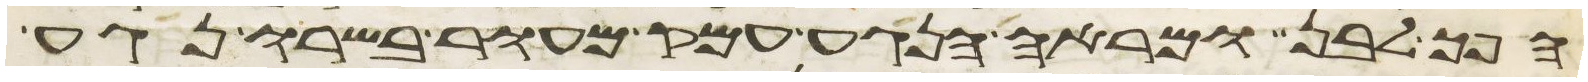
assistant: הפך לבן ומראה הנגע עמק מעור בשרו נגע